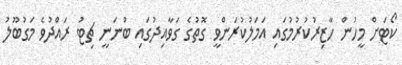
ކޯޓަށް މީހުން ހާޒިރުކުރުމުގައި އަމަލުކުރަންވީ ގޮތުގެ ގަވާއިދުގައި ބުނަނީ ޗިޓު ރައްދުވެ މަގުބޫލު